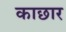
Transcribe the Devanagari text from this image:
काछार